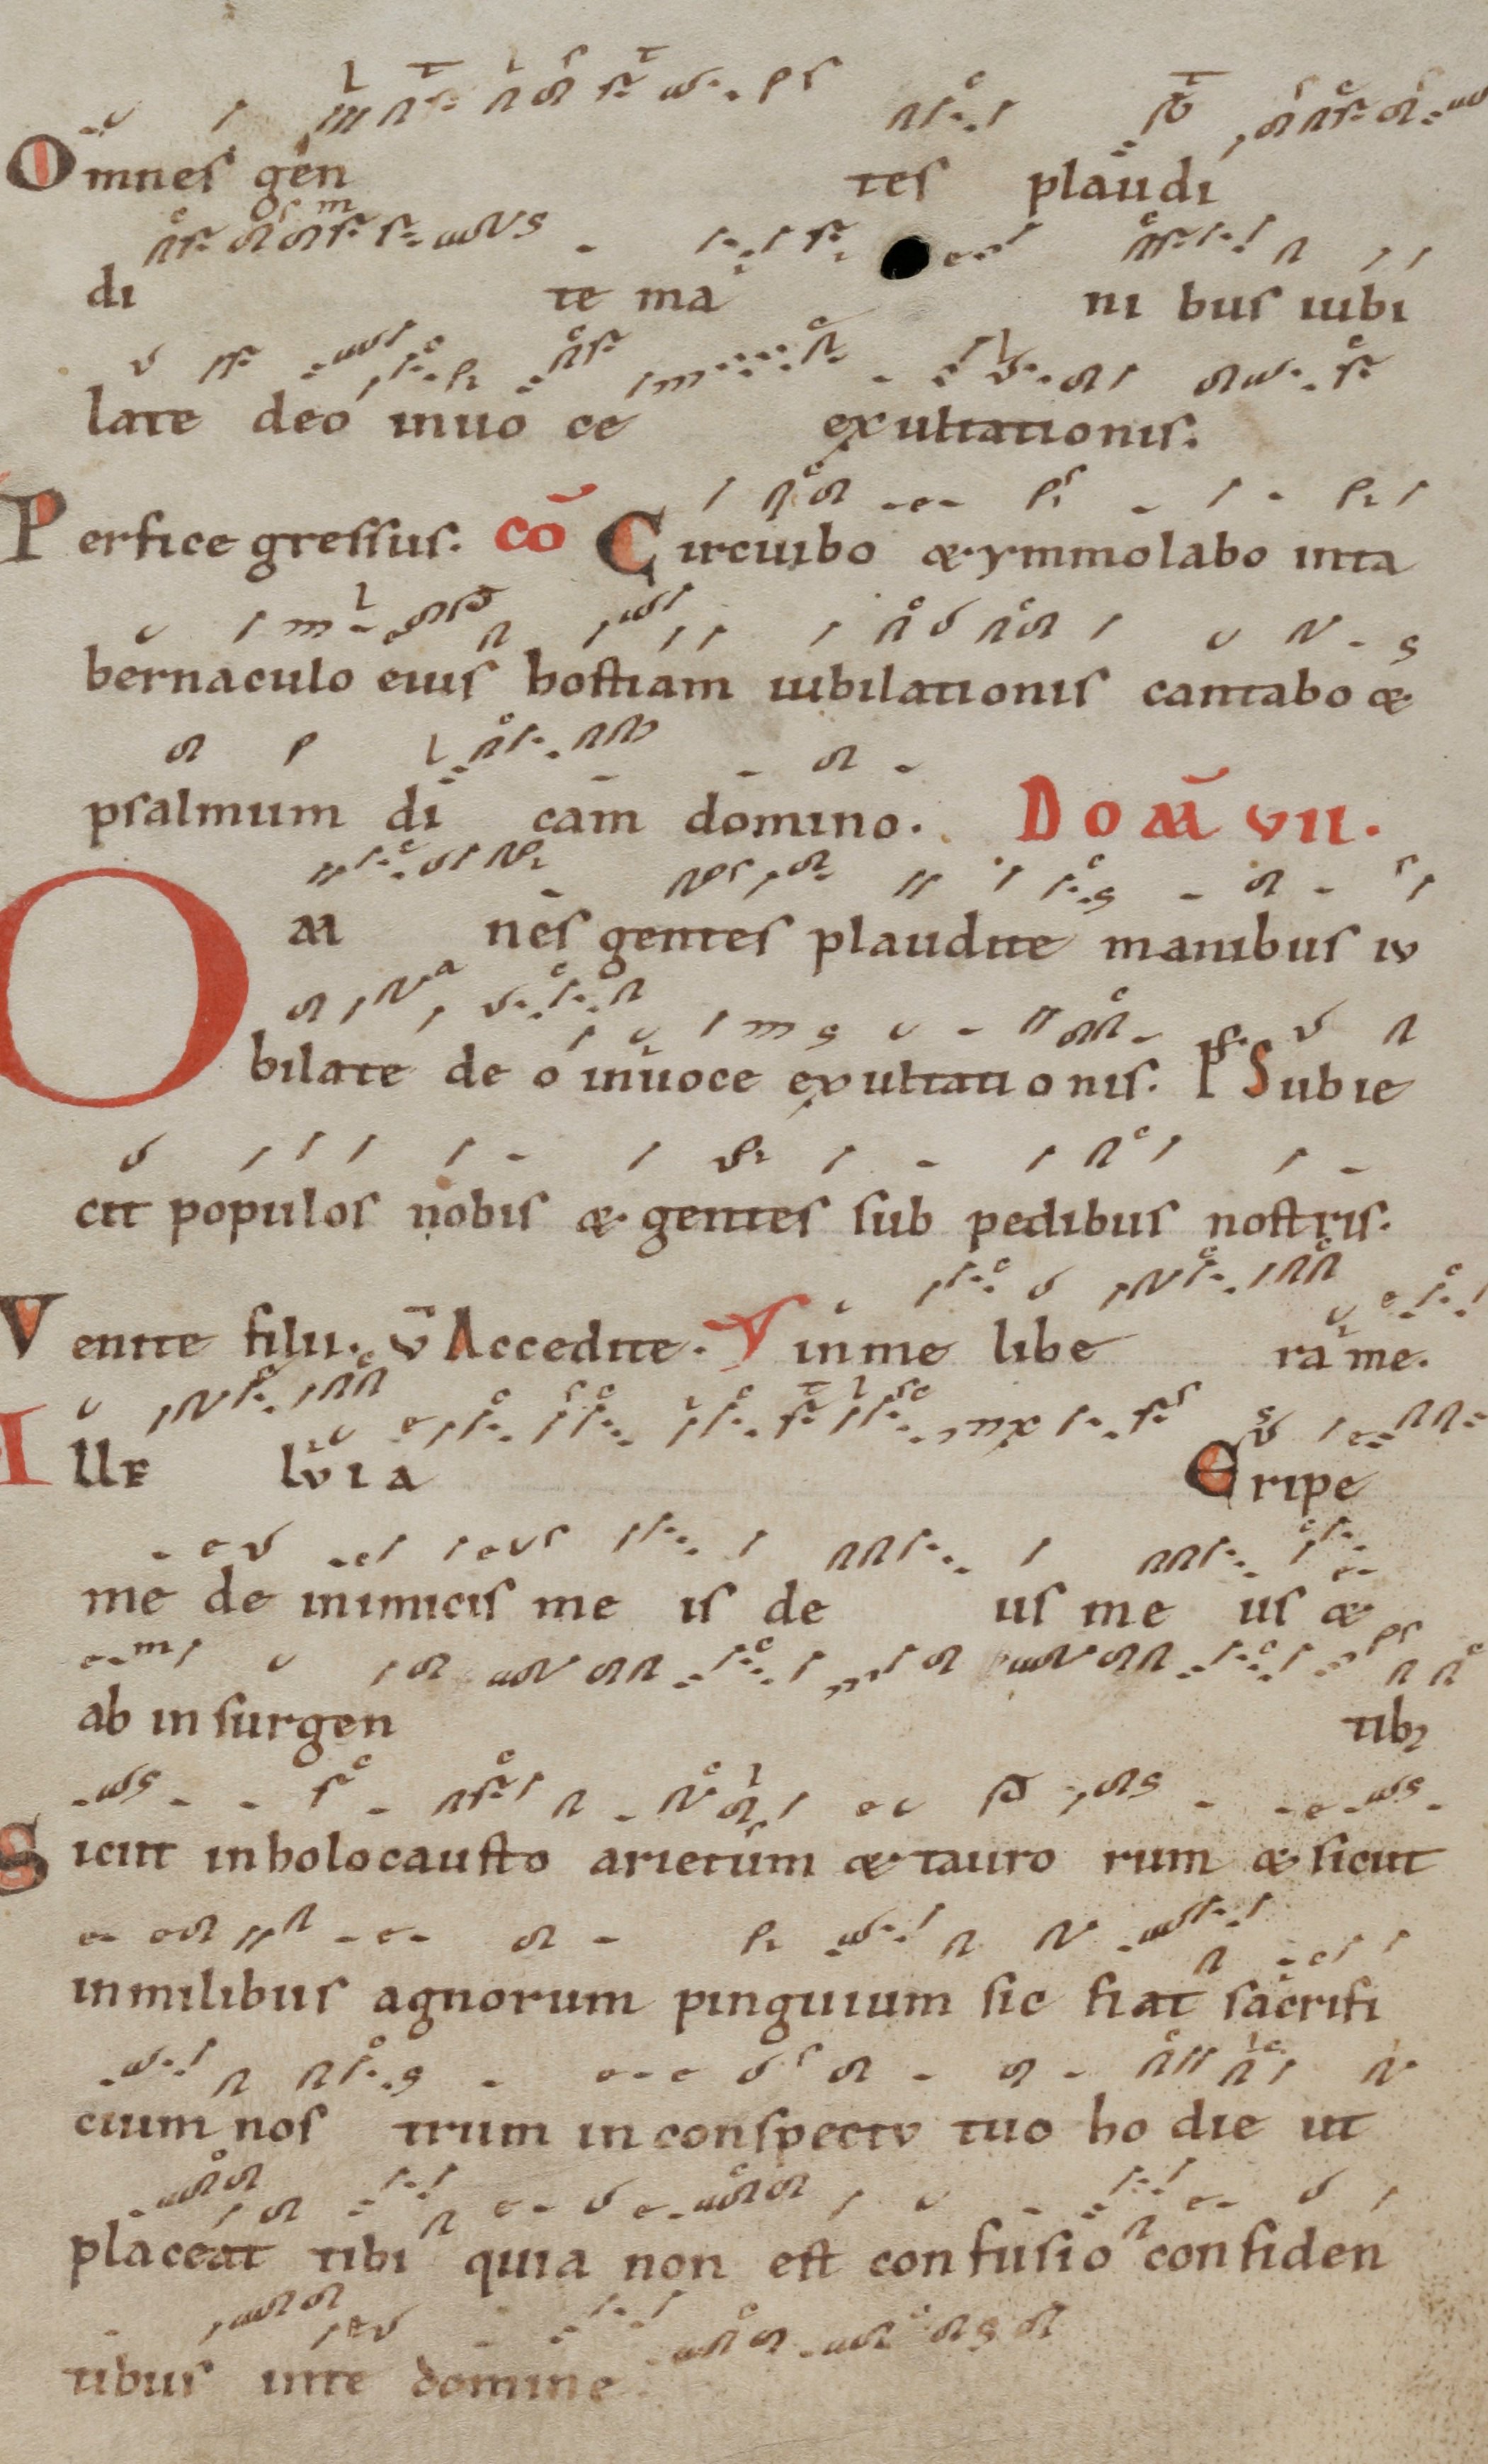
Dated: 1100–1199